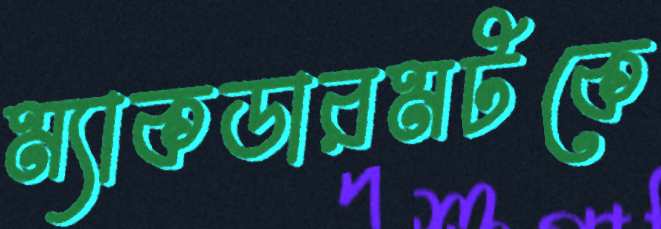
ম্যাকডারমটকে